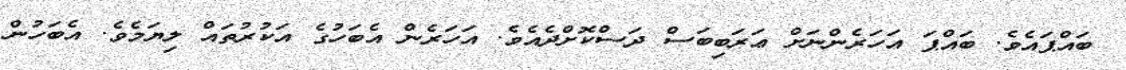
ބައްޕައެވެ. ބައްޕަ އަހަރެންނަށް ޢަރަބިބަސް ދަސްކޮށްދެއެވެ. އަހަރެން އެބަހުގެ އަކުރުތައް ލިޔަމެވެ. އެބަހުން